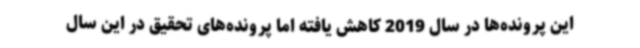
این پرونده‌ها در سال 2019 کاهش یافته اما پرونده‌های تحقیق در این سال